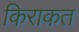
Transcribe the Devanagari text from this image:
किराकत